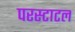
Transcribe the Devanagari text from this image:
परस्टाटल